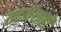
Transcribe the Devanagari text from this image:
तदर्थशाही